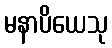
မနာပိယေသု